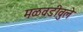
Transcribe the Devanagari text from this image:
मळवडीवुले